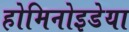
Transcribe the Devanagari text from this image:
होमिनोइडेया